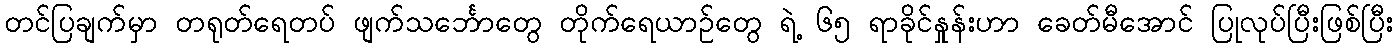
တင်ပြချက်မှာ တရုတ်ရေတပ် ဖျက်သင်္ဘောတွေ တိုက်ရေယာဉ်တွေ ရဲ့ ၆၅ ရာခိုင်နှုန်းဟာ ခေတ်မီအောင် ပြုလုပ်ပြီးဖြစ်ပြီး